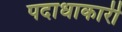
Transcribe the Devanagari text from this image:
पदाधाकारी